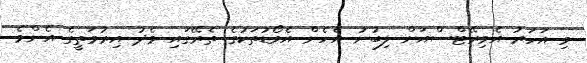
މި އަހަރު އެމިރޭޓްސްއަށް ލިބުނު އެހެން އެވޯޑުތަކުގެ ތެރޭގައި މެދު އިރުމަތީގެ އެންމެ